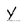
Character: Y